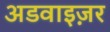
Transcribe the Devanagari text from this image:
अडवाइज़र